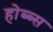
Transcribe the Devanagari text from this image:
होब्ब्स